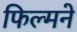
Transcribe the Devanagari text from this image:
फिल्मने